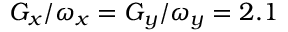
G _ { x } / \omega _ { x } = G _ { y } / \omega _ { y } = 2 . 1